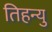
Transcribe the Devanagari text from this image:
तिहन्यु